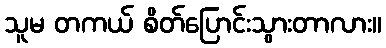
သူမ တကယ် စိတ်ပြောင်းသွားတာလား။